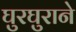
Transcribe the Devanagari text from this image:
घुरघुराने